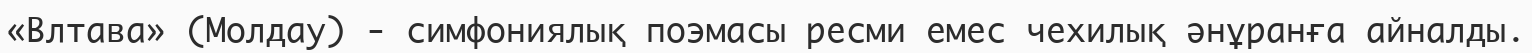
«Влтава» (Молдау) - симфониялық поэмасы ресми емес чехилық әнұранға айналды.